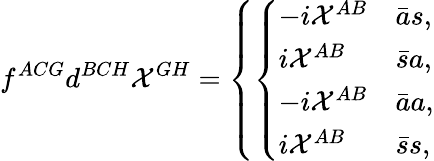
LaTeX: f^{ACG}d^{BCH}{\cal X}^{GH}=\left\{ \left\{ \begin{array}{ll}{{-i{\cal X}^{AB}}}&{{{\bar{a}s},}}\\ {{i{\cal X}^{AB}}}&{{{\bar{s}a},}}\\ {{-i{\cal X}^{AB}}}&{{{\bar{a}a},}}\\ {{i{\cal X}^{AB}}}&{{{\bar{s}s},}}\end{array}\right.\right.